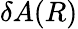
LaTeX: \delta A(R)